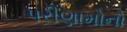
પરીણામોનો